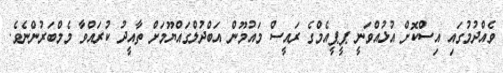
ވެއްދުމުގައި އިސްކޮށް އުޅުއްވަނީ ޕީޕީއެމްގެ ރައީސް މައުމޫން އަބްދުލްގައްޔޫމަށް ތާއީދު ކުރައްވާ މެމްބަރުންނެވެ.